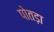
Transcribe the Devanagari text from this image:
पोतड़ा